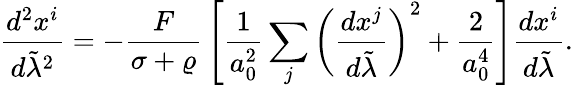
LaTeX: {\frac{d^{2}x^{i}}{d\tilde{\lambda}^{2}}}=-{\frac{F}{\sigma+\varrho}}\left[{\frac{1}{a_{0}^{2}}}\sum_{j}\left({\frac{dx^{j}}{d\tilde{\lambda}}}\right)^{2}+{\frac{2}{a_{0}^{4}}}\right]{\frac{dx^{i}}{d\tilde{\lambda}}}.